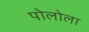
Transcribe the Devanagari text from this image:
पोलोला